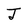
Character: J